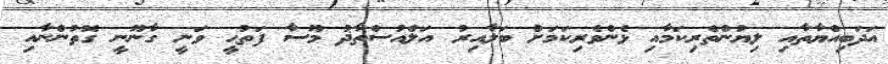
އަދަބިއްޔާތާއި ލިޔުންތެރިކަމާއި ޅެންވެރިކަމަށް ބަލާއިރު އަލްއުސްތާޛު މޫސާ ފަތުޙީ ވަނީ ގާނޫނީ ގޮތުންނާއި